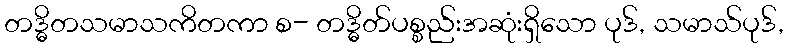
တဒ္ဓိတသမာသကိတကာ စ- တဒ္ဓိတ်ပစ္စည်းအဆုံးရှိသော ပုဒ်, သမာသ်ပုဒ်,